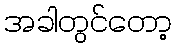
အခါတွင်တော့